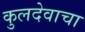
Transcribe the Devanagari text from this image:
कुलदेवाचा